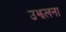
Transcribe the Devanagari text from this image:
उझलना